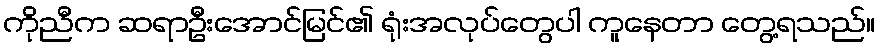
ကိုညီက ဆရာဦးအောင်မြင်၏ ရုံးအလုပ်တွေပါ ကူနေတာ တွေ့ရသည်။